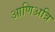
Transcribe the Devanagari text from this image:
आणिअत्रि